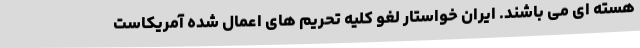
هسته ای می باشند. ایران خواستار لغو کلیه تحریم های اعمال شده آمریکاست